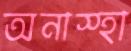
অনাস্হা